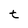
Character: t